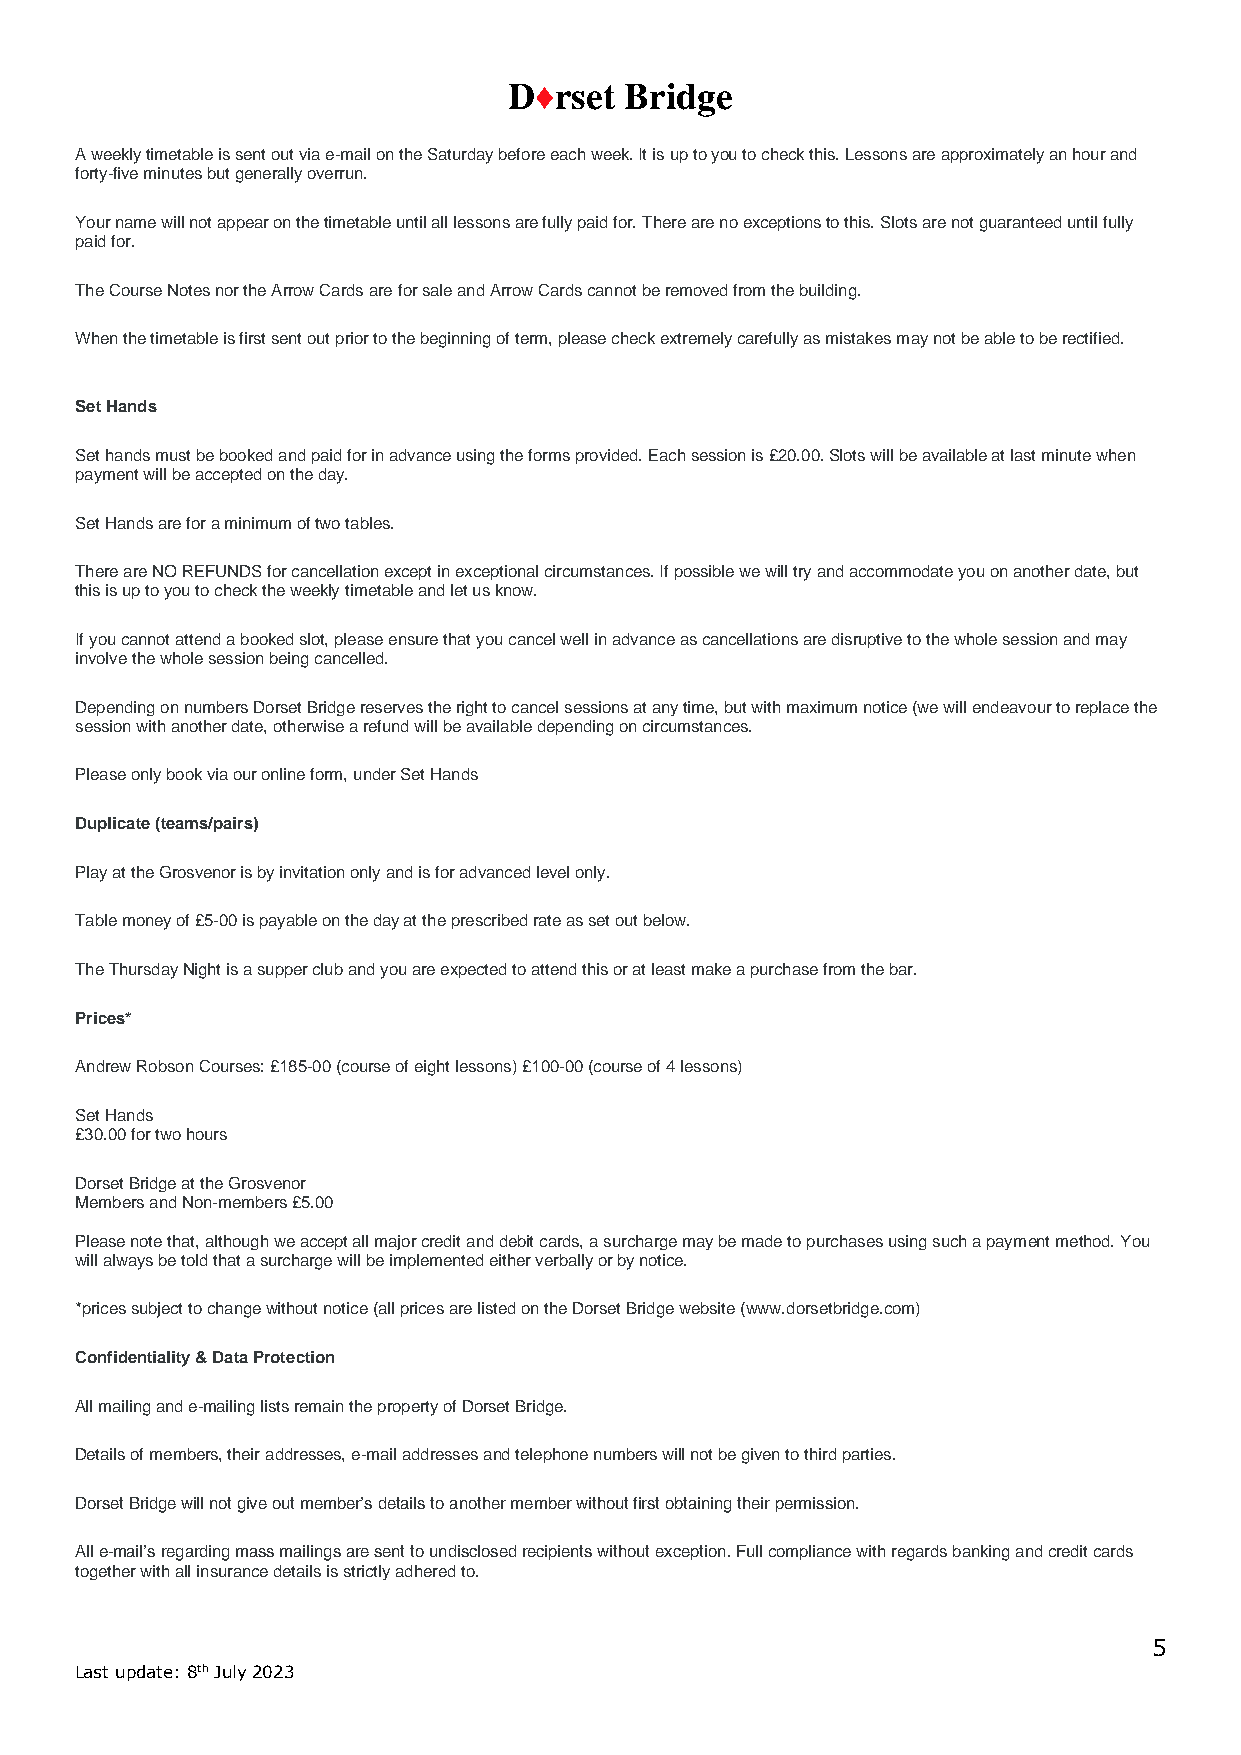
D♦rset Bridge
 A weekly timetable is sent out via e-mail on the Saturday before each week. It is up to you to check this. Lessons are approximately an hour and
 forty-five minutes but generally overrun.
 Your name will not appear on the timetable until all lessons are fully paid for. There are no exceptions to this. Slots are not guaranteed until fully
 paid for.
 The Course Notes nor the Arrow Cards are for sale and Arrow Cards cannot be removed from the building.
 When the timetable is first sent out prior to the beginning of term, please check extremely carefully as mistakes may not be able to be rectified.
 Set Hands
 Set hands must be booked and paid for in advance using the forms provided. Each session is £20.00. Slots will be available at last minute when
 payment will be accepted on the day.
 Set Hands are for a minimum of two tables.
 There are NO REFUNDS for cancellation except in exceptional circumstances. If possible we will try and accommodate you on another date, but
 this is up to you to check the weekly timetable and let us know.
 If you cannot attend a booked slot, please ensure that you cancel well in advance as cancellations are disruptive to the whole session and may
 involve the whole session being cancelled.
 Depending on numbers Dorset Bridge reserves the right to cancel sessions at any time, but with maximum notice (we will endeavour to replace the
 session with another date, otherwise a refund will be available depending on circumstances.
 Please only book via our online form, under Set Hands
 Duplicate (teams/pairs)
 Play at the Grosvenor is by invitation only and is for advanced level only.
 Table money of £5-00 is payable on the day at the prescribed rate as set out below.
 The Thursday Night is a supper club and you are expected to attend this or at least make a purchase from the bar.
 Prices*
 Andrew Robson Courses: £185-00 (course of eight lessons) £100-00 (course of 4 lessons)
 Set Hands
 £30.00 for two hours
 Dorset Bridge at the Grosvenor
 Members and Non-members £5.00
 Please note that, although we accept all major credit and debit cards, a surcharge may be made to purchases using such a payment method. You
 will always be told that a surcharge will be implemented either verbally or by notice.
 *prices subject to change without notice (all prices are listed on the Dorset Bridge website (www.dorsetbridge.com)
 Confidentiality & Data Protection
 All mailing and e-mailing lists remain the property of Dorset Bridge.
 Details of members, their addresses, e-mail addresses and telephone numbers will not be given to third parties.
 Dorset Bridge will not give out member’s details to another member without first obtaining their permission.
 All e-mail’s regarding mass mailings are sent to undisclosed recipients without exception. Full compliance with regards banking and credit cards
 together with all insurance details is strictly adhered to.
 5
 Last update: 8th July 2023